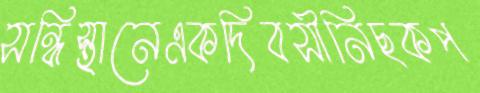
সন্ধিস্থানেএকদিবসীনিছকপ